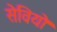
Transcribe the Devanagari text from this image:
सेवियो